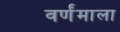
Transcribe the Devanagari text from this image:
वर्णंमाला